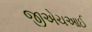
જીએચઆઈ